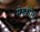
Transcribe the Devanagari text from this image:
मेरुशोथ